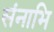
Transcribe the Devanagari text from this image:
संनाभि